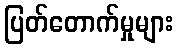
ပြတ်တောက်မှုများ